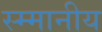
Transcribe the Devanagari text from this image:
स्म्मानीय